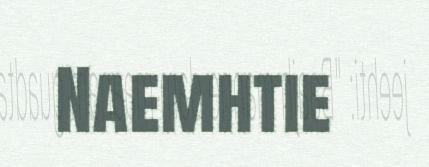
Naemhtie